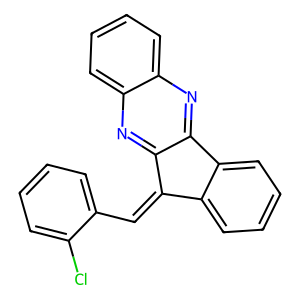
SMILES: Clc1ccccc1C=C1c2ccccc2-c2nc3ccccc3nc21
Inhibits HIV replication: No